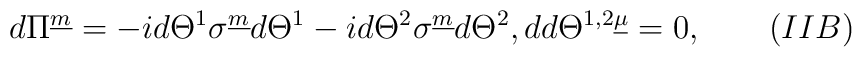
d\Pi^{\underline m}=-id\Theta^1\sigma^{\underline m}d\Theta^1-id\Theta^2\sigma^{\underline m}d\Theta^2, dd\Theta^{1,2\underline\mu}=0,\qquad(IIB)